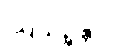
ဩသိဉ္စန္တိပိ